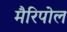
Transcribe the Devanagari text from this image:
मैरिपोल